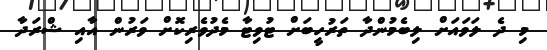
މި ދެ ލަވައަށް ލިބެމުންދާ ތަރުހީބަށް ޓުވިޓާ މެދުވެރިކޮށް ވަރުން އާއި ޝްރަދާ